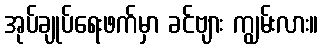
အုပ်ချုပ်ရေးဖက်မှာ ခင်ဗျား ကျွမ်းလား။